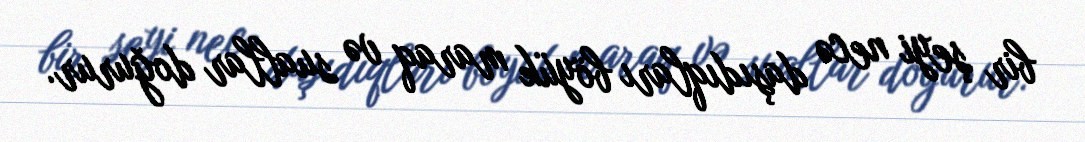
bir şeyi necə daşıdıqları böyük maraq və suallar doğurur.